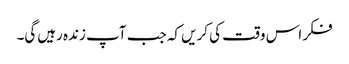
فکر اس وقت کی کریں کہ جب آپ زندہ رہیں‌گی۔